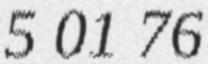
5 01 76